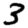
Digit: 3